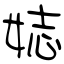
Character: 娡